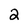
Character: 2